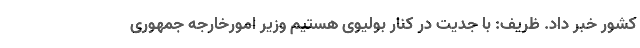
کشور خبر داد. ظریف: با جدیت در کنار بولیوی هستیم وزیر امورخارجه جمهوری